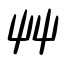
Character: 艸